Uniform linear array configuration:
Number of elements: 64
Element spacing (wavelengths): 1
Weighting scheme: hamming
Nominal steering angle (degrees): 60
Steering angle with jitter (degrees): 61.187
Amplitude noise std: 0.05
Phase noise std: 0.05

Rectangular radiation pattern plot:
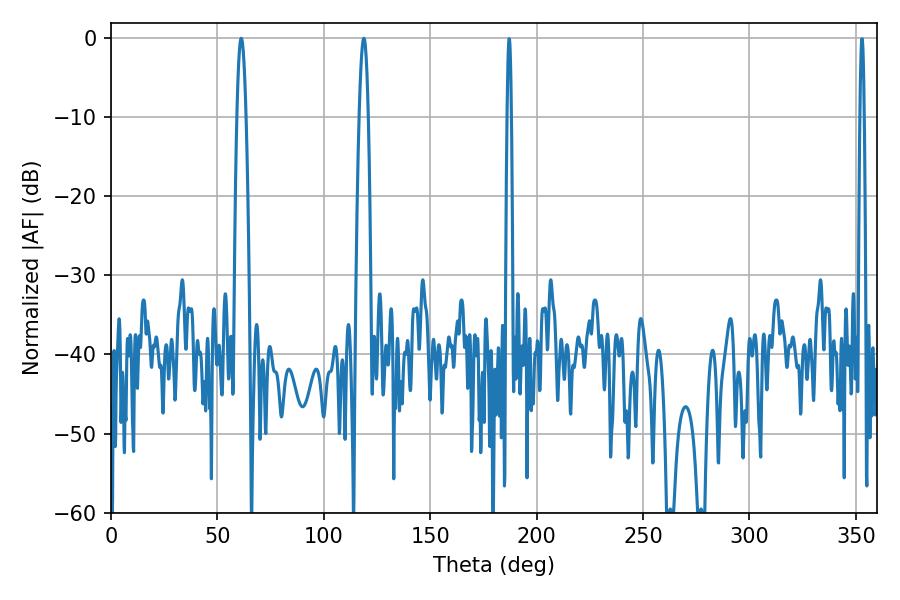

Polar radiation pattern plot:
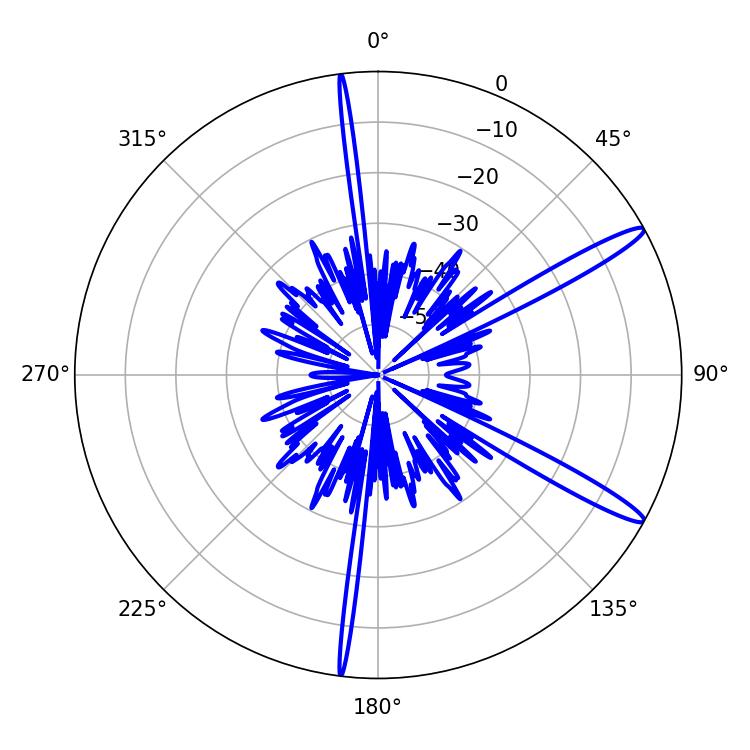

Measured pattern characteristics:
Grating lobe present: TRUE
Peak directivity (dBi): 14.349
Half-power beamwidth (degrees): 2.16
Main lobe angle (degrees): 118.8